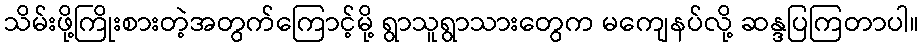
သိမ်းဖို့ကြိုးစားတဲ့အတွက်ကြောင့်မို့ ရွာသူရွာသားတွေက မကျေနပ်လို့ ဆန္ဒပြကြတာပါ။